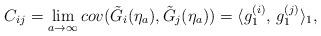
LaTeX: \begin{align*}C_{ij}=\lim_{a\rightarrow\infty }cov(\tilde{G}_{i}(\eta_a),\tilde{G}_{j}(\eta_a))=\langle g_1^{(i)},\,g_1^{(j)}\rangle_1 ,\end{align*}